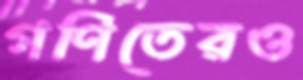
গণিতেরও